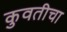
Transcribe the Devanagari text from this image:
कुवतीचा